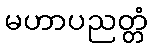
မဟာပညတ္တံ